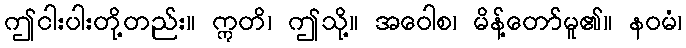
ဤငါးပါးတို့တည်း။ ဣတိ၊ ဤသို့။ အဝေါစ၊ မိန့်တော်မူ၏။ နဝမံ၊